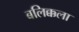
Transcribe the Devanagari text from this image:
बलिक्कला